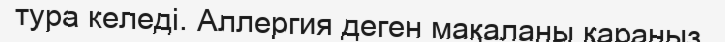
тура келеді. Аллергия деген мақаланы қараңыз.